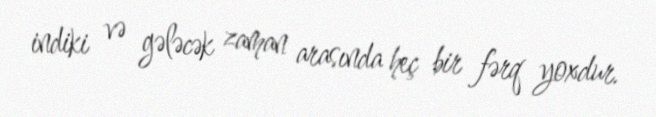
indiki və gələcək zaman arasında heç bir fərq yoxdur.